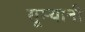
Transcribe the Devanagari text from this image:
सूम्‍यानी